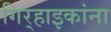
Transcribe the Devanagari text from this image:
गिर्‍हाइकांना